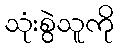
သုံးစွဲသူကို